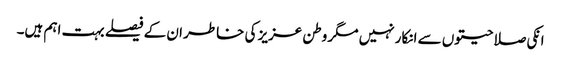
انکی صلاحیتوں سے انکار نہیں مگر وطن عزیز کی خاطر ان کے فیصلے بہت اہم ہیں۔